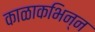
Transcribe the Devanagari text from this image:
काळाकभिन्न